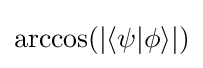
\arccos(\vert \langle \psi \vert \phi \rangle \vert )